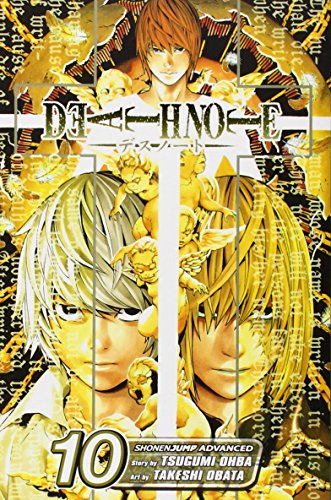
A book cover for Death Note, Vol. 10; Tsugumi Ohba; Comics & Graphic Novels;